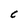
Character: C